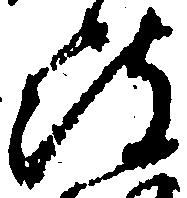
被